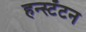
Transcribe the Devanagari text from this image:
हन्स्टँटन